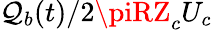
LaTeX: \mathcal{Q}_{b}(t)/2\piRZ_{c}U_{c}